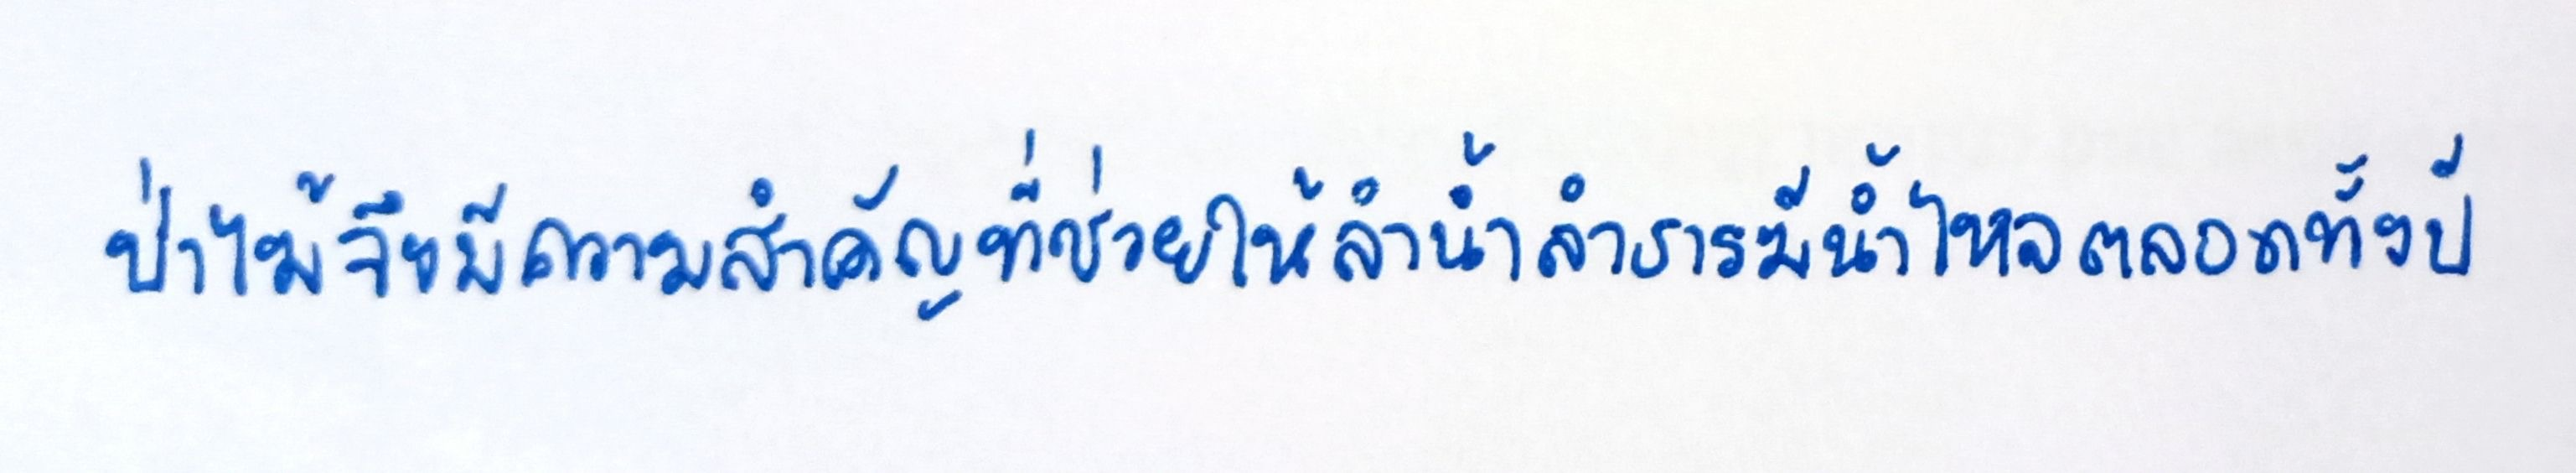
ป่าไม้จึงมีความสำคัญที่ช่วยให้ลำน้ำลำธารมีน้ำไหลตลอดทั้งปี